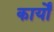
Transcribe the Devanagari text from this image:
कार्योँ